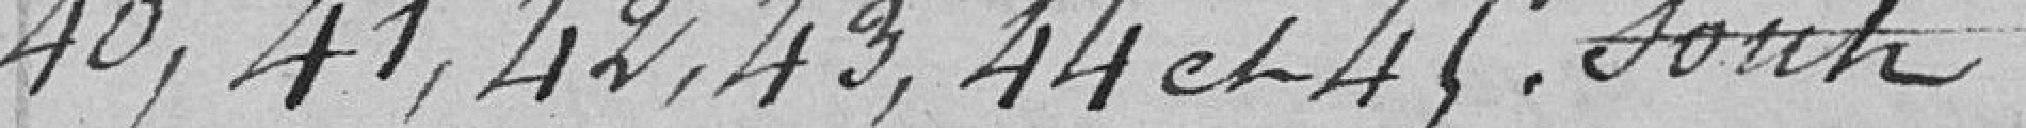
40, 41, 42, 43, 44 et 45 sont